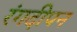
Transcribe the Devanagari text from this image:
रंगदीपन